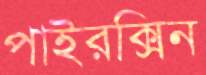
পাইরক্সিন